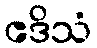
ဧဒိသံ